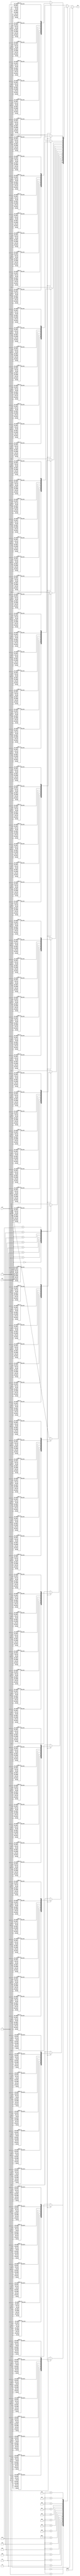
`timescale 1ns / 1ps
//////////////////////////////////////////////////////////////////////////////////
// Company: 
// Engineer: 
// 
// Design Name: 
// Module Name:    font 
// Project Name: 
// Target Devices: 
// Tool versions: 
// Description: 
//
// Dependencies: 
//
// Revision: 
// Revision 0.01 - File Created
// Additional Comments: 
//
//////////////////////////////////////////////////////////////////////////////////
module font(
	input [2:0] row,
	input [2:0] col,
	input [3:0] data,
	input space,
	output reg res
    );
	
	always @(*) begin
		if (space == 1'b1) res <= 0;
		else begin
			case (data)
				4'b0000: begin
					case (row)
						3'b000: begin
							case (col)
								3'b000: res <= 0;
								3'b001: res <= 0;
								3'b010: res <= 0;
								3'b011: res <= 0;
								3'b100: res <= 0;
								3'b101: res <= 0;
								3'b110: res <= 0;
								3'b111: res <= 0;
							endcase
						end
						3'b001: begin
							case (col)
								3'b000: res <= 0;
								3'b001: res <= 1;
								3'b010: res <= 1;
								3'b011: res <= 1;
								3'b100: res <= 1;
								3'b101: res <= 1;
								3'b110: res <= 1;
								3'b111: res <= 0;
							endcase
						end
						3'b010: begin
							case (col)
								3'b000: res <= 0;
								3'b001: res <= 1;
								3'b010: res <= 0;
								3'b011: res <= 0;
								3'b100: res <= 0;
								3'b101: res <= 0;
								3'b110: res <= 1;
								3'b111: res <= 0;
							endcase
						end
						3'b011: begin
							case (col)
								3'b000: res <= 0;
								3'b001: res <= 1;
								3'b010: res <= 0;
								3'b011: res <= 0;
								3'b100: res <= 0;
								3'b101: res <= 0;
								3'b110: res <= 1;
								3'b111: res <= 0;
							endcase
						end
						3'b100: begin
							case (col)
								3'b000: res <= 0;
								3'b001: res <= 1;
								3'b010: res <= 0;
								3'b011: res <= 0;
								3'b100: res <= 0;
								3'b101: res <= 0;
								3'b110: res <= 1;
								3'b111: res <= 0;
							endcase
						end
						3'b101: begin
							case (col)
								3'b000: res <= 0;
								3'b001: res <= 1;
								3'b010: res <= 0;
								3'b011: res <= 0;
								3'b100: res <= 0;
								3'b101: res <= 0;
								3'b110: res <= 1;
								3'b111: res <= 0;
							endcase
						end
						3'b110: begin
							case (col)
								3'b000: res <= 0;
								3'b001: res <= 1;
								3'b010: res <= 1;
								3'b011: res <= 1;
								3'b100: res <= 1;
								3'b101: res <= 1;
								3'b110: res <= 1;
								3'b111: res <= 0;
							endcase
						end
						3'b111: begin
							case (col)
								3'b000: res <= 0;
								3'b001: res <= 0;
								3'b010: res <= 0;
								3'b011: res <= 0;
								3'b100: res <= 0;
								3'b101: res <= 0;
								3'b110: res <= 0;
								3'b111: res <= 0;
							endcase
						end
					endcase
				end
				4'b0001: begin
					case (row)
						3'b000: begin
							case (col)
								3'b000: res <= 0;
								3'b001: res <= 0;
								3'b010: res <= 0;
								3'b011: res <= 0;
								3'b100: res <= 0;
								3'b101: res <= 0;
								3'b110: res <= 0;
								3'b111: res <= 0;
							endcase
						end
						3'b001: begin
							case (col)
								3'b000: res <= 0;
								3'b001: res <= 0;
								3'b010: res <= 0;
								3'b011: res <= 0;
								3'b100: res <= 1;
								3'b101: res <= 0;
								3'b110: res <= 0;
								3'b111: res <= 0;
							endcase
						end
						3'b010: begin
							case (col)
								3'b000: res <= 0;
								3'b001: res <= 0;
								3'b010: res <= 0;
								3'b011: res <= 0;
								3'b100: res <= 1;
								3'b101: res <= 0;
								3'b110: res <= 0;
								3'b111: res <= 0;
							endcase
						end
						3'b011: begin
							case (col)
								3'b000: res <= 0;
								3'b001: res <= 0;
								3'b010: res <= 0;
								3'b011: res <= 0;
								3'b100: res <= 1;
								3'b101: res <= 0;
								3'b110: res <= 0;
								3'b111: res <= 0;
							endcase
						end
						3'b100: begin
							case (col)
								3'b000: res <= 0;
								3'b001: res <= 0;
								3'b010: res <= 0;
								3'b011: res <= 0;
								3'b100: res <= 1;
								3'b101: res <= 0;
								3'b110: res <= 0;
								3'b111: res <= 0;
							endcase
						end
						3'b101: begin
							case (col)
								3'b000: res <= 0;
								3'b001: res <= 0;
								3'b010: res <= 0;
								3'b011: res <= 0;
								3'b100: res <= 1;
								3'b101: res <= 0;
								3'b110: res <= 0;
								3'b111: res <= 0;
							endcase
						end
						3'b110: begin
							case (col)
								3'b000: res <= 0;
								3'b001: res <= 0;
								3'b010: res <= 0;
								3'b011: res <= 0;
								3'b100: res <= 1;
								3'b101: res <= 0;
								3'b110: res <= 0;
								3'b111: res <= 0;
							endcase
						end
						3'b111: begin
							case (col)
								3'b000: res <= 0;
								3'b001: res <= 0;
								3'b010: res <= 0;
								3'b011: res <= 0;
								3'b100: res <= 0;
								3'b101: res <= 0;
								3'b110: res <= 0;
								3'b111: res <= 0;
							endcase
						end
					endcase
				end
				4'b0010: begin
					case (row)
						3'b000: begin
							case (col)
								3'b000: res <= 0;
								3'b001: res <= 0;
								3'b010: res <= 0;
								3'b011: res <= 0;
								3'b100: res <= 0;
								3'b101: res <= 0;
								3'b110: res <= 0;
								3'b111: res <= 0;
							endcase
						end
						3'b001: begin
							case (col)
								3'b000: res <= 0;
								3'b001: res <= 1;
								3'b010: res <= 1;
								3'b011: res <= 1;
								3'b100: res <= 1;
								3'b101: res <= 1;
								3'b110: res <= 1;
								3'b111: res <= 0;
							endcase
						end
						3'b010: begin
							case (col)
								3'b000: res <= 0;
								3'b001: res <= 0;
								3'b010: res <= 0;
								3'b011: res <= 0;
								3'b100: res <= 0;
								3'b101: res <= 0;
								3'b110: res <= 1;
								3'b111: res <= 0;
							endcase
						end
						3'b011: begin
							case (col)
								3'b000: res <= 0;
								3'b001: res <= 0;
								3'b010: res <= 0;
								3'b011: res <= 0;
								3'b100: res <= 0;
								3'b101: res <= 0;
								3'b110: res <= 1;
								3'b111: res <= 0;
							endcase
						end
						3'b100: begin
							case (col)
								3'b000: res <= 0;
								3'b001: res <= 1;
								3'b010: res <= 1;
								3'b011: res <= 1;
								3'b100: res <= 1;
								3'b101: res <= 1;
								3'b110: res <= 1;
								3'b111: res <= 0;
							endcase
						end
						3'b101: begin
							case (col)
								3'b000: res <= 0;
								3'b001: res <= 1;
								3'b010: res <= 0;
								3'b011: res <= 0;
								3'b100: res <= 0;
								3'b101: res <= 0;
								3'b110: res <= 0;
								3'b111: res <= 0;
							endcase
						end
						3'b110: begin
							case (col)
								3'b000: res <= 0;
								3'b001: res <= 1;
								3'b010: res <= 1;
								3'b011: res <= 1;
								3'b100: res <= 1;
								3'b101: res <= 1;
								3'b110: res <= 1;
								3'b111: res <= 0;
							endcase
						end
						3'b111: begin
							case (col)
								3'b000: res <= 0;
								3'b001: res <= 0;
								3'b010: res <= 0;
								3'b011: res <= 0;
								3'b100: res <= 0;
								3'b101: res <= 0;
								3'b110: res <= 0;
								3'b111: res <= 0;
							endcase
						end
					endcase
				end
				4'b0011: begin
					case (row)
						3'b000: begin
							case (col)
								3'b000: res <= 0;
								3'b001: res <= 0;
								3'b010: res <= 0;
								3'b011: res <= 0;
								3'b100: res <= 0;
								3'b101: res <= 0;
								3'b110: res <= 0;
								3'b111: res <= 0;
							endcase
						end
						3'b001: begin
							case (col)
								3'b000: res <= 0;
								3'b001: res <= 1;
								3'b010: res <= 1;
								3'b011: res <= 1;
								3'b100: res <= 1;
								3'b101: res <= 1;
								3'b110: res <= 1;
								3'b111: res <= 0;
							endcase
						end
						3'b010: begin
							case (col)
								3'b000: res <= 0;
								3'b001: res <= 0;
								3'b010: res <= 0;
								3'b011: res <= 0;
								3'b100: res <= 0;
								3'b101: res <= 0;
								3'b110: res <= 1;
								3'b111: res <= 0;
							endcase
						end
						3'b011: begin
							case (col)
								3'b000: res <= 0;
								3'b001: res <= 0;
								3'b010: res <= 0;
								3'b011: res <= 0;
								3'b100: res <= 0;
								3'b101: res <= 0;
								3'b110: res <= 1;
								3'b111: res <= 0;
							endcase
						end
						3'b100: begin
							case (col)
								3'b000: res <= 0;
								3'b001: res <= 1;
								3'b010: res <= 1;
								3'b011: res <= 1;
								3'b100: res <= 1;
								3'b101: res <= 1;
								3'b110: res <= 1;
								3'b111: res <= 0;
							endcase
						end
						3'b101: begin
							case (col)
								3'b000: res <= 0;
								3'b001: res <= 0;
								3'b010: res <= 0;
								3'b011: res <= 0;
								3'b100: res <= 0;
								3'b101: res <= 0;
								3'b110: res <= 1;
								3'b111: res <= 0;
							endcase
						end
						3'b110: begin
							case (col)
								3'b000: res <= 0;
								3'b001: res <= 1;
								3'b010: res <= 1;
								3'b011: res <= 1;
								3'b100: res <= 1;
								3'b101: res <= 1;
								3'b110: res <= 1;
								3'b111: res <= 0;
							endcase
						end
						3'b111: begin
							case (col)
								3'b000: res <= 0;
								3'b001: res <= 0;
								3'b010: res <= 0;
								3'b011: res <= 0;
								3'b100: res <= 0;
								3'b101: res <= 0;
								3'b110: res <= 0;
								3'b111: res <= 0;
							endcase
						end
					endcase
				end
				4'b0100: begin
					case (row)
						3'b000: begin
							case (col)
								3'b000: res <= 0;
								3'b001: res <= 0;
								3'b010: res <= 0;
								3'b011: res <= 0;
								3'b100: res <= 0;
								3'b101: res <= 0;
								3'b110: res <= 0;
								3'b111: res <= 0;
							endcase
						end
						3'b001: begin
							case (col)
								3'b000: res <= 0;
								3'b001: res <= 1;
								3'b010: res <= 0;
								3'b011: res <= 0;
								3'b100: res <= 0;
								3'b101: res <= 0;
								3'b110: res <= 1;
								3'b111: res <= 0;
							endcase
						end
						3'b010: begin
							case (col)
								3'b000: res <= 0;
								3'b001: res <= 1;
								3'b010: res <= 0;
								3'b011: res <= 0;
								3'b100: res <= 0;
								3'b101: res <= 0;
								3'b110: res <= 1;
								3'b111: res <= 0;
							endcase
						end
						3'b011: begin
							case (col)
								3'b000: res <= 0;
								3'b001: res <= 1;
								3'b010: res <= 0;
								3'b011: res <= 0;
								3'b100: res <= 0;
								3'b101: res <= 0;
								3'b110: res <= 1;
								3'b111: res <= 0;
							endcase
						end
						3'b100: begin
							case (col)
								3'b000: res <= 0;
								3'b001: res <= 1;
								3'b010: res <= 1;
								3'b011: res <= 1;
								3'b100: res <= 1;
								3'b101: res <= 1;
								3'b110: res <= 1;
								3'b111: res <= 0;
							endcase
						end
						3'b101: begin
							case (col)
								3'b000: res <= 0;
								3'b001: res <= 0;
								3'b010: res <= 0;
								3'b011: res <= 0;
								3'b100: res <= 0;
								3'b101: res <= 0;
								3'b110: res <= 1;
								3'b111: res <= 0;
							endcase
						end
						3'b110: begin
							case (col)
								3'b000: res <= 0;
								3'b001: res <= 0;
								3'b010: res <= 0;
								3'b011: res <= 0;
								3'b100: res <= 0;
								3'b101: res <= 0;
								3'b110: res <= 1;
								3'b111: res <= 0;
							endcase
						end
						3'b111: begin
							case (col)
								3'b000: res <= 0;
								3'b001: res <= 0;
								3'b010: res <= 0;
								3'b011: res <= 0;
								3'b100: res <= 0;
								3'b101: res <= 0;
								3'b110: res <= 0;
								3'b111: res <= 0;
							endcase
						end
					endcase
				end
				4'b0101: begin
					case (row)
						3'b000: begin
							case (col)
								3'b000: res <= 0;
								3'b001: res <= 0;
								3'b010: res <= 0;
								3'b011: res <= 0;
								3'b100: res <= 0;
								3'b101: res <= 0;
								3'b110: res <= 0;
								3'b111: res <= 0;
							endcase
						end
						3'b001: begin
							case (col)
								3'b000: res <= 0;
								3'b001: res <= 1;
								3'b010: res <= 1;
								3'b011: res <= 1;
								3'b100: res <= 1;
								3'b101: res <= 1;
								3'b110: res <= 1;
								3'b111: res <= 0;
							endcase
						end
						3'b010: begin
							case (col)
								3'b000: res <= 0;
								3'b001: res <= 1;
								3'b010: res <= 0;
								3'b011: res <= 0;
								3'b100: res <= 0;
								3'b101: res <= 0;
								3'b110: res <= 0;
								3'b111: res <= 0;
							endcase
						end
						3'b011: begin
							case (col)
								3'b000: res <= 0;
								3'b001: res <= 1;
								3'b010: res <= 0;
								3'b011: res <= 0;
								3'b100: res <= 0;
								3'b101: res <= 0;
								3'b110: res <= 0;
								3'b111: res <= 0;
							endcase
						end
						3'b100: begin
							case (col)
								3'b000: res <= 0;
								3'b001: res <= 1;
								3'b010: res <= 1;
								3'b011: res <= 1;
								3'b100: res <= 1;
								3'b101: res <= 1;
								3'b110: res <= 1;
								3'b111: res <= 0;
							endcase
						end
						3'b101: begin
							case (col)
								3'b000: res <= 0;
								3'b001: res <= 0;
								3'b010: res <= 0;
								3'b011: res <= 0;
								3'b100: res <= 0;
								3'b101: res <= 0;
								3'b110: res <= 1;
								3'b111: res <= 0;
							endcase
						end
						3'b110: begin
							case (col)
								3'b000: res <= 0;
								3'b001: res <= 1;
								3'b010: res <= 1;
								3'b011: res <= 1;
								3'b100: res <= 1;
								3'b101: res <= 1;
								3'b110: res <= 1;
								3'b111: res <= 0;
							endcase
						end
						3'b111: begin
							case (col)
								3'b000: res <= 0;
								3'b001: res <= 0;
								3'b010: res <= 0;
								3'b011: res <= 0;
								3'b100: res <= 0;
								3'b101: res <= 0;
								3'b110: res <= 0;
								3'b111: res <= 0;
							endcase
						end
					endcase
				end
				4'b0110: begin
					case (row)
						3'b000: begin
							case (col)
								3'b000: res <= 0;
								3'b001: res <= 0;
								3'b010: res <= 0;
								3'b011: res <= 0;
								3'b100: res <= 0;
								3'b101: res <= 0;
								3'b110: res <= 0;
								3'b111: res <= 0;
							endcase
						end
						3'b001: begin
							case (col)
								3'b000: res <= 0;
								3'b001: res <= 1;
								3'b010: res <= 1;
								3'b011: res <= 1;
								3'b100: res <= 1;
								3'b101: res <= 1;
								3'b110: res <= 1;
								3'b111: res <= 0;
							endcase
						end
						3'b010: begin
							case (col)
								3'b000: res <= 0;
								3'b001: res <= 1;
								3'b010: res <= 0;
								3'b011: res <= 0;
								3'b100: res <= 0;
								3'b101: res <= 0;
								3'b110: res <= 0;
								3'b111: res <= 0;
							endcase
						end
						3'b011: begin
							case (col)
								3'b000: res <= 0;
								3'b001: res <= 1;
								3'b010: res <= 0;
								3'b011: res <= 0;
								3'b100: res <= 0;
								3'b101: res <= 0;
								3'b110: res <= 0;
								3'b111: res <= 0;
							endcase
						end
						3'b100: begin
							case (col)
								3'b000: res <= 0;
								3'b001: res <= 1;
								3'b010: res <= 1;
								3'b011: res <= 1;
								3'b100: res <= 1;
								3'b101: res <= 1;
								3'b110: res <= 1;
								3'b111: res <= 0;
							endcase
						end
						3'b101: begin
							case (col)
								3'b000: res <= 0;
								3'b001: res <= 1;
								3'b010: res <= 0;
								3'b011: res <= 0;
								3'b100: res <= 0;
								3'b101: res <= 0;
								3'b110: res <= 1;
								3'b111: res <= 0;
							endcase
						end
						3'b110: begin
							case (col)
								3'b000: res <= 0;
								3'b001: res <= 1;
								3'b010: res <= 1;
								3'b011: res <= 1;
								3'b100: res <= 1;
								3'b101: res <= 1;
								3'b110: res <= 1;
								3'b111: res <= 0;
							endcase
						end
						3'b111: begin
							case (col)
								3'b000: res <= 0;
								3'b001: res <= 0;
								3'b010: res <= 0;
								3'b011: res <= 0;
								3'b100: res <= 0;
								3'b101: res <= 0;
								3'b110: res <= 0;
								3'b111: res <= 0;
							endcase
						end
					endcase
				end
				4'b0111: begin
					case (row)
						3'b000: begin
							case (col)
								3'b000: res <= 0;
								3'b001: res <= 0;
								3'b010: res <= 0;
								3'b011: res <= 0;
								3'b100: res <= 0;
								3'b101: res <= 0;
								3'b110: res <= 0;
								3'b111: res <= 0;
							endcase
						end
						3'b001: begin
							case (col)
								3'b000: res <= 0;
								3'b001: res <= 1;
								3'b010: res <= 1;
								3'b011: res <= 1;
								3'b100: res <= 1;
								3'b101: res <= 1;
								3'b110: res <= 1;
								3'b111: res <= 0;
							endcase
						end
						3'b010: begin
							case (col)
								3'b000: res <= 0;
								3'b001: res <= 0;
								3'b010: res <= 0;
								3'b011: res <= 0;
								3'b100: res <= 0;
								3'b101: res <= 0;
								3'b110: res <= 1;
								3'b111: res <= 0;
							endcase
						end
						3'b011: begin
							case (col)
								3'b000: res <= 0;
								3'b001: res <= 0;
								3'b010: res <= 0;
								3'b011: res <= 0;
								3'b100: res <= 0;
								3'b101: res <= 0;
								3'b110: res <= 1;
								3'b111: res <= 0;
							endcase
						end
						3'b100: begin
							case (col)
								3'b000: res <= 0;
								3'b001: res <= 0;
								3'b010: res <= 0;
								3'b011: res <= 0;
								3'b100: res <= 0;
								3'b101: res <= 0;
								3'b110: res <= 1;
								3'b111: res <= 0;
							endcase
						end
						3'b101: begin
							case (col)
								3'b000: res <= 0;
								3'b001: res <= 0;
								3'b010: res <= 0;
								3'b011: res <= 0;
								3'b100: res <= 0;
								3'b101: res <= 0;
								3'b110: res <= 1;
								3'b111: res <= 0;
							endcase
						end
						3'b110: begin
							case (col)
								3'b000: res <= 0;
								3'b001: res <= 0;
								3'b010: res <= 0;
								3'b011: res <= 0;
								3'b100: res <= 0;
								3'b101: res <= 0;
								3'b110: res <= 1;
								3'b111: res <= 0;
							endcase
						end
						3'b111: begin
							case (col)
								3'b000: res <= 0;
								3'b001: res <= 0;
								3'b010: res <= 0;
								3'b011: res <= 0;
								3'b100: res <= 0;
								3'b101: res <= 0;
								3'b110: res <= 0;
								3'b111: res <= 0;
							endcase
						end
					endcase
				end
				4'b1000: begin
					case (row)
						3'b000: begin
							case (col)
								3'b000: res <= 0;
								3'b001: res <= 0;
								3'b010: res <= 0;
								3'b011: res <= 0;
								3'b100: res <= 0;
								3'b101: res <= 0;
								3'b110: res <= 0;
								3'b111: res <= 0;
							endcase
						end
						3'b001: begin
							case (col)
								3'b000: res <= 0;
								3'b001: res <= 1;
								3'b010: res <= 1;
								3'b011: res <= 1;
								3'b100: res <= 1;
								3'b101: res <= 1;
								3'b110: res <= 1;
								3'b111: res <= 0;
							endcase
						end
						3'b010: begin
							case (col)
								3'b000: res <= 0;
								3'b001: res <= 1;
								3'b010: res <= 0;
								3'b011: res <= 0;
								3'b100: res <= 0;
								3'b101: res <= 0;
								3'b110: res <= 1;
								3'b111: res <= 0;
							endcase
						end
						3'b011: begin
							case (col)
								3'b000: res <= 0;
								3'b001: res <= 1;
								3'b010: res <= 0;
								3'b011: res <= 0;
								3'b100: res <= 0;
								3'b101: res <= 0;
								3'b110: res <= 1;
								3'b111: res <= 0;
							endcase
						end
						3'b100: begin
							case (col)
								3'b000: res <= 0;
								3'b001: res <= 1;
								3'b010: res <= 1;
								3'b011: res <= 1;
								3'b100: res <= 1;
								3'b101: res <= 1;
								3'b110: res <= 1;
								3'b111: res <= 0;
							endcase
						end
						3'b101: begin
							case (col)
								3'b000: res <= 0;
								3'b001: res <= 1;
								3'b010: res <= 0;
								3'b011: res <= 0;
								3'b100: res <= 0;
								3'b101: res <= 0;
								3'b110: res <= 1;
								3'b111: res <= 0;
							endcase
						end
						3'b110: begin
							case (col)
								3'b000: res <= 0;
								3'b001: res <= 1;
								3'b010: res <= 1;
								3'b011: res <= 1;
								3'b100: res <= 1;
								3'b101: res <= 1;
								3'b110: res <= 1;
								3'b111: res <= 0;
							endcase
						end
						3'b111: begin
							case (col)
								3'b000: res <= 0;
								3'b001: res <= 0;
								3'b010: res <= 0;
								3'b011: res <= 0;
								3'b100: res <= 0;
								3'b101: res <= 0;
								3'b110: res <= 0;
								3'b111: res <= 0;
							endcase
						end
					endcase
				end
				4'b1001: begin
					case (row)
						3'b000: begin
							case (col)
								3'b000: res <= 0;
								3'b001: res <= 0;
								3'b010: res <= 0;
								3'b011: res <= 0;
								3'b100: res <= 0;
								3'b101: res <= 0;
								3'b110: res <= 0;
								3'b111: res <= 0;
							endcase
						end
						3'b001: begin
							case (col)
								3'b000: res <= 0;
								3'b001: res <= 1;
								3'b010: res <= 1;
								3'b011: res <= 1;
								3'b100: res <= 1;
								3'b101: res <= 1;
								3'b110: res <= 1;
								3'b111: res <= 0;
							endcase
						end
						3'b010: begin
							case (col)
								3'b000: res <= 0;
								3'b001: res <= 1;
								3'b010: res <= 0;
								3'b011: res <= 0;
								3'b100: res <= 0;
								3'b101: res <= 0;
								3'b110: res <= 1;
								3'b111: res <= 0;
							endcase
						end
						3'b011: begin
							case (col)
								3'b000: res <= 0;
								3'b001: res <= 1;
								3'b010: res <= 0;
								3'b011: res <= 0;
								3'b100: res <= 0;
								3'b101: res <= 0;
								3'b110: res <= 1;
								3'b111: res <= 0;
							endcase
						end
						3'b100: begin
							case (col)
								3'b000: res <= 0;
								3'b001: res <= 1;
								3'b010: res <= 1;
								3'b011: res <= 1;
								3'b100: res <= 1;
								3'b101: res <= 1;
								3'b110: res <= 1;
								3'b111: res <= 0;
							endcase
						end
						3'b101: begin
							case (col)
								3'b000: res <= 0;
								3'b001: res <= 0;
								3'b010: res <= 0;
								3'b011: res <= 0;
								3'b100: res <= 0;
								3'b101: res <= 0;
								3'b110: res <= 1;
								3'b111: res <= 0;
							endcase
						end
						3'b110: begin
							case (col)
								3'b000: res <= 0;
								3'b001: res <= 1;
								3'b010: res <= 1;
								3'b011: res <= 1;
								3'b100: res <= 1;
								3'b101: res <= 1;
								3'b110: res <= 1;
								3'b111: res <= 0;
							endcase
						end
						3'b111: begin
							case (col)
								3'b000: res <= 0;
								3'b001: res <= 0;
								3'b010: res <= 0;
								3'b011: res <= 0;
								3'b100: res <= 0;
								3'b101: res <= 0;
								3'b110: res <= 0;
								3'b111: res <= 0;
							endcase
						end
					endcase
				end
				4'b1010: begin
					case (row)
						3'b000: begin
							case (col)
								3'b000: res <= 0;
								3'b001: res <= 0;
								3'b010: res <= 0;
								3'b011: res <= 0;
								3'b100: res <= 0;
								3'b101: res <= 0;
								3'b110: res <= 0;
								3'b111: res <= 0;
							endcase
						end
						3'b001: begin
							case (col)
								3'b000: res <= 0;
								3'b001: res <= 1;
								3'b010: res <= 1;
								3'b011: res <= 1;
								3'b100: res <= 1;
								3'b101: res <= 1;
								3'b110: res <= 1;
								3'b111: res <= 0;
							endcase
						end
						3'b010: begin
							case (col)
								3'b000: res <= 0;
								3'b001: res <= 1;
								3'b010: res <= 0;
								3'b011: res <= 0;
								3'b100: res <= 0;
								3'b101: res <= 0;
								3'b110: res <= 1;
								3'b111: res <= 0;
							endcase
						end
						3'b011: begin
							case (col)
								3'b000: res <= 0;
								3'b001: res <= 1;
								3'b010: res <= 0;
								3'b011: res <= 0;
								3'b100: res <= 0;
								3'b101: res <= 0;
								3'b110: res <= 1;
								3'b111: res <= 0;
							endcase
						end
						3'b100: begin
							case (col)
								3'b000: res <= 0;
								3'b001: res <= 1;
								3'b010: res <= 1;
								3'b011: res <= 1;
								3'b100: res <= 1;
								3'b101: res <= 1;
								3'b110: res <= 1;
								3'b111: res <= 0;
							endcase
						end
						3'b101: begin
							case (col)
								3'b000: res <= 0;
								3'b001: res <= 1;
								3'b010: res <= 0;
								3'b011: res <= 0;
								3'b100: res <= 0;
								3'b101: res <= 0;
								3'b110: res <= 1;
								3'b111: res <= 0;
							endcase
						end
						3'b110: begin
							case (col)
								3'b000: res <= 0;
								3'b001: res <= 1;
								3'b010: res <= 0;
								3'b011: res <= 0;
								3'b100: res <= 0;
								3'b101: res <= 0;
								3'b110: res <= 1;
								3'b111: res <= 0;
							endcase
						end
						3'b111: begin
							case (col)
								3'b000: res <= 0;
								3'b001: res <= 0;
								3'b010: res <= 0;
								3'b011: res <= 0;
								3'b100: res <= 0;
								3'b101: res <= 0;
								3'b110: res <= 0;
								3'b111: res <= 0;
							endcase
						end
					endcase
				end
				4'b1011: begin
					case (row)
						3'b000: begin
							case (col)
								3'b000: res <= 0;
								3'b001: res <= 0;
								3'b010: res <= 0;
								3'b011: res <= 0;
								3'b100: res <= 0;
								3'b101: res <= 0;
								3'b110: res <= 0;
								3'b111: res <= 0;
							endcase
						end
						3'b001: begin
							case (col)
								3'b000: res <= 0;
								3'b001: res <= 1;
								3'b010: res <= 0;
								3'b011: res <= 0;
								3'b100: res <= 0;
								3'b101: res <= 0;
								3'b110: res <= 0;
								3'b111: res <= 0;
							endcase
						end
						3'b010: begin
							case (col)
								3'b000: res <= 0;
								3'b001: res <= 1;
								3'b010: res <= 0;
								3'b011: res <= 0;
								3'b100: res <= 0;
								3'b101: res <= 0;
								3'b110: res <= 0;
								3'b111: res <= 0;
							endcase
						end
						3'b011: begin
							case (col)
								3'b000: res <= 0;
								3'b001: res <= 1;
								3'b010: res <= 0;
								3'b011: res <= 0;
								3'b100: res <= 0;
								3'b101: res <= 0;
								3'b110: res <= 0;
								3'b111: res <= 0;
							endcase
						end
						3'b100: begin
							case (col)
								3'b000: res <= 0;
								3'b001: res <= 1;
								3'b010: res <= 1;
								3'b011: res <= 1;
								3'b100: res <= 1;
								3'b101: res <= 1;
								3'b110: res <= 1;
								3'b111: res <= 0;
							endcase
						end
						3'b101: begin
							case (col)
								3'b000: res <= 0;
								3'b001: res <= 1;
								3'b010: res <= 0;
								3'b011: res <= 0;
								3'b100: res <= 0;
								3'b101: res <= 0;
								3'b110: res <= 1;
								3'b111: res <= 0;
							endcase
						end
						3'b110: begin
							case (col)
								3'b000: res <= 0;
								3'b001: res <= 1;
								3'b010: res <= 1;
								3'b011: res <= 1;
								3'b100: res <= 1;
								3'b101: res <= 1;
								3'b110: res <= 1;
								3'b111: res <= 0;
							endcase
						end
						3'b111: begin
							case (col)
								3'b000: res <= 0;
								3'b001: res <= 0;
								3'b010: res <= 0;
								3'b011: res <= 0;
								3'b100: res <= 0;
								3'b101: res <= 0;
								3'b110: res <= 0;
								3'b111: res <= 0;
							endcase
						end
					endcase
				end
				4'b1100: begin
					case (row)
						3'b000: begin
							case (col)
								3'b000: res <= 0;
								3'b001: res <= 0;
								3'b010: res <= 0;
								3'b011: res <= 0;
								3'b100: res <= 0;
								3'b101: res <= 0;
								3'b110: res <= 0;
								3'b111: res <= 0;
							endcase
						end
						3'b001: begin
							case (col)
								3'b000: res <= 0;
								3'b001: res <= 1;
								3'b010: res <= 1;
								3'b011: res <= 1;
								3'b100: res <= 1;
								3'b101: res <= 1;
								3'b110: res <= 1;
								3'b111: res <= 0;
							endcase
						end
						3'b010: begin
							case (col)
								3'b000: res <= 0;
								3'b001: res <= 1;
								3'b010: res <= 0;
								3'b011: res <= 0;
								3'b100: res <= 0;
								3'b101: res <= 0;
								3'b110: res <= 0;
								3'b111: res <= 0;
							endcase
						end
						3'b011: begin
							case (col)
								3'b000: res <= 0;
								3'b001: res <= 1;
								3'b010: res <= 0;
								3'b011: res <= 0;
								3'b100: res <= 0;
								3'b101: res <= 0;
								3'b110: res <= 0;
								3'b111: res <= 0;
							endcase
						end
						3'b100: begin
							case (col)
								3'b000: res <= 0;
								3'b001: res <= 1;
								3'b010: res <= 0;
								3'b011: res <= 0;
								3'b100: res <= 0;
								3'b101: res <= 0;
								3'b110: res <= 0;
								3'b111: res <= 0;
							endcase
						end
						3'b101: begin
							case (col)
								3'b000: res <= 0;
								3'b001: res <= 1;
								3'b010: res <= 0;
								3'b011: res <= 0;
								3'b100: res <= 0;
								3'b101: res <= 0;
								3'b110: res <= 0;
								3'b111: res <= 0;
							endcase
						end
						3'b110: begin
							case (col)
								3'b000: res <= 0;
								3'b001: res <= 1;
								3'b010: res <= 1;
								3'b011: res <= 1;
								3'b100: res <= 1;
								3'b101: res <= 1;
								3'b110: res <= 1;
								3'b111: res <= 0;
							endcase
						end
						3'b111: begin
							case (col)
								3'b000: res <= 0;
								3'b001: res <= 0;
								3'b010: res <= 0;
								3'b011: res <= 0;
								3'b100: res <= 0;
								3'b101: res <= 0;
								3'b110: res <= 0;
								3'b111: res <= 0;
							endcase
						end
					endcase
				end
				4'b1101: begin
					case (row)
						3'b000: begin
							case (col)
								3'b000: res <= 0;
								3'b001: res <= 0;
								3'b010: res <= 0;
								3'b011: res <= 0;
								3'b100: res <= 0;
								3'b101: res <= 0;
								3'b110: res <= 0;
								3'b111: res <= 0;
							endcase
						end
						3'b001: begin
							case (col)
								3'b000: res <= 0;
								3'b001: res <= 0;
								3'b010: res <= 0;
								3'b011: res <= 0;
								3'b100: res <= 0;
								3'b101: res <= 0;
								3'b110: res <= 1;
								3'b111: res <= 0;
							endcase
						end
						3'b010: begin
							case (col)
								3'b000: res <= 0;
								3'b001: res <= 0;
								3'b010: res <= 0;
								3'b011: res <= 0;
								3'b100: res <= 0;
								3'b101: res <= 0;
								3'b110: res <= 1;
								3'b111: res <= 0;
							endcase
						end
						3'b011: begin
							case (col)
								3'b000: res <= 0;
								3'b001: res <= 0;
								3'b010: res <= 0;
								3'b011: res <= 0;
								3'b100: res <= 0;
								3'b101: res <= 0;
								3'b110: res <= 1;
								3'b111: res <= 0;
							endcase
						end
						3'b100: begin
							case (col)
								3'b000: res <= 0;
								3'b001: res <= 1;
								3'b010: res <= 1;
								3'b011: res <= 1;
								3'b100: res <= 1;
								3'b101: res <= 1;
								3'b110: res <= 1;
								3'b111: res <= 0;
							endcase
						end
						3'b101: begin
							case (col)
								3'b000: res <= 0;
								3'b001: res <= 1;
								3'b010: res <= 0;
								3'b011: res <= 0;
								3'b100: res <= 0;
								3'b101: res <= 0;
								3'b110: res <= 1;
								3'b111: res <= 0;
							endcase
						end
						3'b110: begin
							case (col)
								3'b000: res <= 0;
								3'b001: res <= 1;
								3'b010: res <= 1;
								3'b011: res <= 1;
								3'b100: res <= 1;
								3'b101: res <= 1;
								3'b110: res <= 1;
								3'b111: res <= 0;
							endcase
						end
						3'b111: begin
							case (col)
								3'b000: res <= 0;
								3'b001: res <= 0;
								3'b010: res <= 0;
								3'b011: res <= 0;
								3'b100: res <= 0;
								3'b101: res <= 0;
								3'b110: res <= 0;
								3'b111: res <= 0;
							endcase
						end
					endcase
				end
				4'b1110: begin
					case (row)
						3'b000: begin
							case (col)
								3'b000: res <= 0;
								3'b001: res <= 0;
								3'b010: res <= 0;
								3'b011: res <= 0;
								3'b100: res <= 0;
								3'b101: res <= 0;
								3'b110: res <= 0;
								3'b111: res <= 0;
							endcase
						end
						3'b001: begin
							case (col)
								3'b000: res <= 0;
								3'b001: res <= 1;
								3'b010: res <= 1;
								3'b011: res <= 1;
								3'b100: res <= 1;
								3'b101: res <= 1;
								3'b110: res <= 1;
								3'b111: res <= 0;
							endcase
						end
						3'b010: begin
							case (col)
								3'b000: res <= 0;
								3'b001: res <= 1;
								3'b010: res <= 0;
								3'b011: res <= 0;
								3'b100: res <= 0;
								3'b101: res <= 0;
								3'b110: res <= 0;
								3'b111: res <= 0;
							endcase
						end
						3'b011: begin
							case (col)
								3'b000: res <= 0;
								3'b001: res <= 1;
								3'b010: res <= 0;
								3'b011: res <= 0;
								3'b100: res <= 0;
								3'b101: res <= 0;
								3'b110: res <= 0;
								3'b111: res <= 0;
							endcase
						end
						3'b100: begin
							case (col)
								3'b000: res <= 0;
								3'b001: res <= 1;
								3'b010: res <= 1;
								3'b011: res <= 1;
								3'b100: res <= 1;
								3'b101: res <= 1;
								3'b110: res <= 1;
								3'b111: res <= 0;
							endcase
						end
						3'b101: begin
							case (col)
								3'b000: res <= 0;
								3'b001: res <= 1;
								3'b010: res <= 0;
								3'b011: res <= 0;
								3'b100: res <= 0;
								3'b101: res <= 0;
								3'b110: res <= 0;
								3'b111: res <= 0;
							endcase
						end
						3'b110: begin
							case (col)
								3'b000: res <= 0;
								3'b001: res <= 1;
								3'b010: res <= 1;
								3'b011: res <= 1;
								3'b100: res <= 1;
								3'b101: res <= 1;
								3'b110: res <= 1;
								3'b111: res <= 0;
							endcase
						end
						3'b111: begin
							case (col)
								3'b000: res <= 0;
								3'b001: res <= 0;
								3'b010: res <= 0;
								3'b011: res <= 0;
								3'b100: res <= 0;
								3'b101: res <= 0;
								3'b110: res <= 0;
								3'b111: res <= 0;
							endcase
						end
					endcase
				end
				4'b1111: begin
					case (row)
						3'b000: begin
							case (col)
								3'b000: res <= 0;
								3'b001: res <= 0;
								3'b010: res <= 0;
								3'b011: res <= 0;
								3'b100: res <= 0;
								3'b101: res <= 0;
								3'b110: res <= 0;
								3'b111: res <= 0;
							endcase
						end
						3'b001: begin
							case (col)
								3'b000: res <= 0;
								3'b001: res <= 1;
								3'b010: res <= 1;
								3'b011: res <= 1;
								3'b100: res <= 1;
								3'b101: res <= 1;
								3'b110: res <= 1;
								3'b111: res <= 0;
							endcase
						end
						3'b010: begin
							case (col)
								3'b000: res <= 0;
								3'b001: res <= 1;
								3'b010: res <= 0;
								3'b011: res <= 0;
								3'b100: res <= 0;
								3'b101: res <= 0;
								3'b110: res <= 0;
								3'b111: res <= 0;
							endcase
						end
						3'b011: begin
							case (col)
								3'b000: res <= 0;
								3'b001: res <= 1;
								3'b010: res <= 0;
								3'b011: res <= 0;
								3'b100: res <= 0;
								3'b101: res <= 0;
								3'b110: res <= 0;
								3'b111: res <= 0;
							endcase
						end
						3'b100: begin
							case (col)
								3'b000: res <= 0;
								3'b001: res <= 1;
								3'b010: res <= 1;
								3'b011: res <= 1;
								3'b100: res <= 1;
								3'b101: res <= 1;
								3'b110: res <= 1;
								3'b111: res <= 0;
							endcase
						end
						3'b101: begin
							case (col)
								3'b000: res <= 0;
								3'b001: res <= 1;
								3'b010: res <= 0;
								3'b011: res <= 0;
								3'b100: res <= 0;
								3'b101: res <= 0;
								3'b110: res <= 0;
								3'b111: res <= 0;
							endcase
						end
						3'b110: begin
							case (col)
								3'b000: res <= 0;
								3'b001: res <= 1;
								3'b010: res <= 0;
								3'b011: res <= 0;
								3'b100: res <= 0;
								3'b101: res <= 0;
								3'b110: res <= 0;
								3'b111: res <= 0;
							endcase
						end
						3'b111: begin
							case (col)
								3'b000: res <= 0;
								3'b001: res <= 0;
								3'b010: res <= 0;
								3'b011: res <= 0;
								3'b100: res <= 0;
								3'b101: res <= 0;
								3'b110: res <= 0;
								3'b111: res <= 0;
							endcase
						end
					endcase
				end
			endcase
		end

	end

endmodule